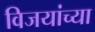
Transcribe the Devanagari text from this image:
विजयांच्या